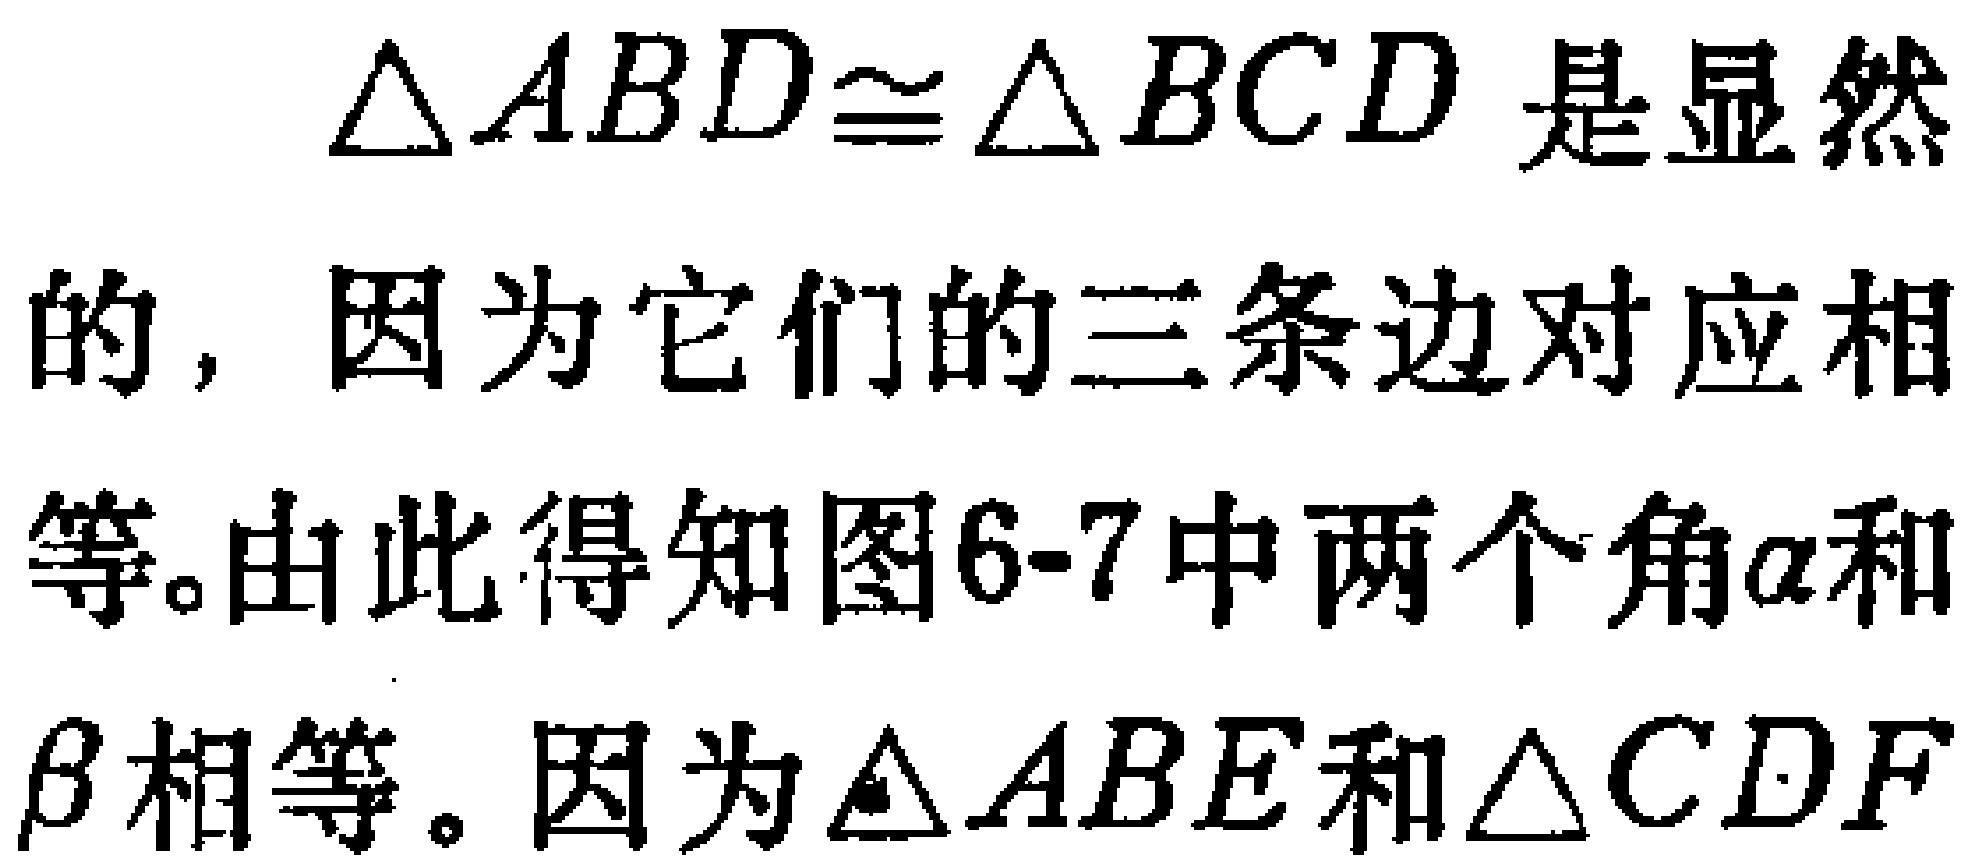
$\triangle ABD\cong\triangle BCD$ 是显然的，因为它们的三条边对应相等。由此得知图6-7中两个角$\alpha$和$\beta$相等。因为$\triangle ABE$和$\triangle CDF$